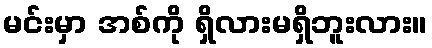
မင်းမှာ အစ်ကို ရှိလားမရှိဘူးလား။